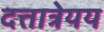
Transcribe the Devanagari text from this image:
दत्तात्रेयय